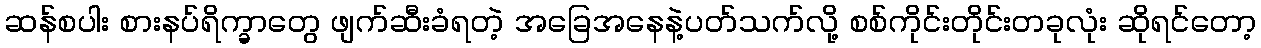
ဆန်စပါး စားနပ်ရိက္ခာတွေ ဖျက်ဆီးခံရတဲ့ အခြေအနေနဲ့ပတ်သက်လို့ စစ်ကိုင်းတိုင်းတခုလုံး ဆိုရင်တော့